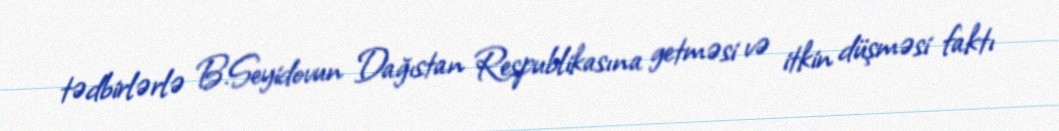
tədbirlərlə B.Seyidovun Dağıstan Respublikasına getməsi və itkin düşməsi faktı